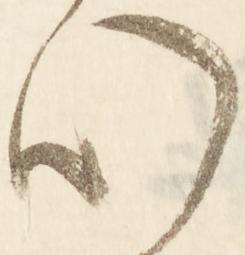
心